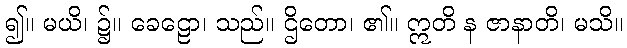
၍။ မယိ၊ ၌။ ခေဠော၊ သည်။ ဌိတော၊ ၏။ ဣတိ န ဇာနာတိ၊ မသိ။